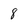
Character: 8